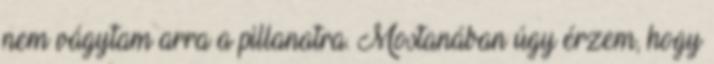
nem vágytam arra a pillanatra. Mostanában úgy érzem, hogy